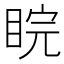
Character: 睆